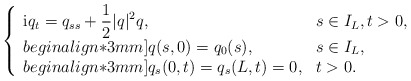
\begin{align*}\left\{\begin{array}{ll}\displaystyle{\rm i}q_{t}=q_{ss}+\frac{1}{2}\lvert q\rvert^{2}q, & s\in I_{L},t>0, \\begin{align*}3mm]q(s,0)=q_{0}(s), & s\in I_{L}, \\begin{align*}3mm]q_{s}(0,t)=q_{s}(L,t)=0, & t>0. \end{array}\right.\end{align*}